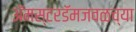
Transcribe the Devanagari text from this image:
ॲमस्टरडॅमजवळच्या